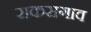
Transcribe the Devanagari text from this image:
राकसगाव